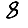
Digit: 8